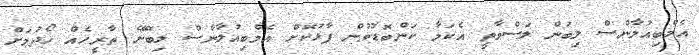
އެމްބިއުލާންސް ލިބުން ލަސްވާތީ އެކަމާ ކަންބޮޑުވުން ފާޅުކޮށް އެމްބިއުލާންސް ލިބޭނޭ ތާރީހެއް ހޯދުމަށް